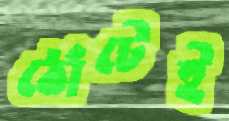
ঠোঁটেই